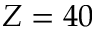
Z = 4 0